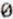
0